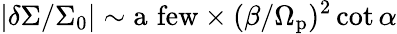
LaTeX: \vert\delta\Sigma/\Sigma_{0}\vert\sim\mathrm{a\, \, few}\times(\beta/\Omega_{\mathrm{p}})^{2}\cot\alpha